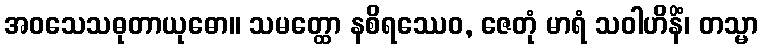
အဝသေသဓုတာယုဓော။ သမတ္ထော နစိရဿေဝ, ဇေတုံ မာရံ သဝါဟိနိံ၊ တသ္မာ